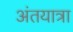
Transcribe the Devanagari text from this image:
अंतयात्रा